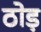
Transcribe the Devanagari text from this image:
ठोड़